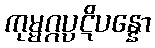
ကုမ္မဂ္ဂပ္ပဋိပန္နော